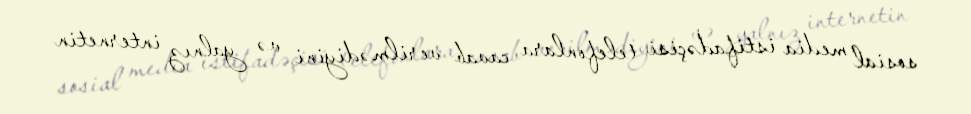
sosial media istifadəçisi telefonlara cavab verilmədiyini və yalnız internetin